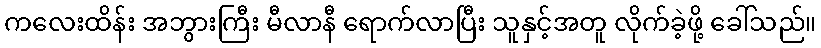
ကလေးထိန်း အဘွားကြီး မီလာနီ ရောက်လာပြီး သူနှင့်အတူ လိုက်ခဲ့ဖို့ ခေါ်သည်။